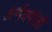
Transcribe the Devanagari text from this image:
अर्णवपोतों